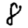
Digit: 8